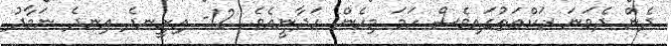
ދެން ދެވަނަ ރަކްޢަތުގައިވެސް ހަމަ މިހެން ހަދާނީއެވެ. 12- އިށީނދެ އިނދެ ނަމާދު